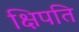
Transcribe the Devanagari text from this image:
क्षिपति